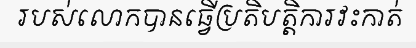
របស់លោកបានធ្វើប្រតិបត្តិការវះកាត់